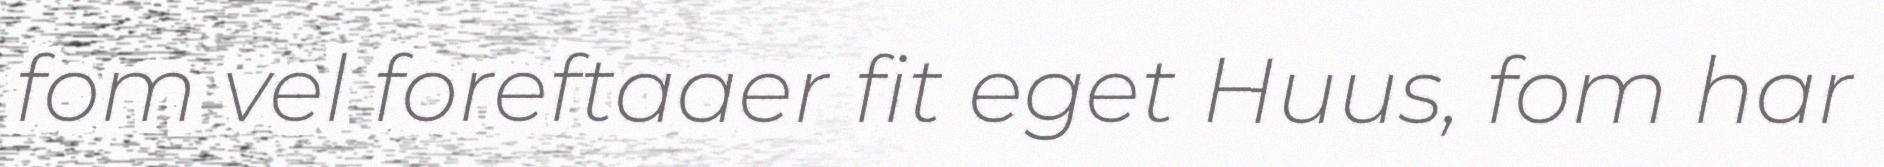
fom vel foreftaaer fit eget Huus, fom har